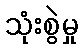
သုံးစွဲမှု